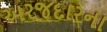
અરજદારના